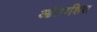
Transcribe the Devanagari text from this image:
आंतरशिरा